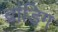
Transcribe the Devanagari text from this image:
ब्रांडिग